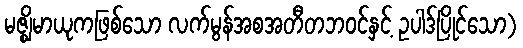
မဇ္ဈိမာယုကဖြစ်သော လက်မွန်အစအတီတဘဝင်နှင့် ဥပါဒ်ပြိုင်သော)